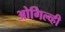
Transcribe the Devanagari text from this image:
ओगिल्व्ही